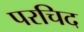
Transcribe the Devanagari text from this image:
परचिद